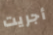
أجريت